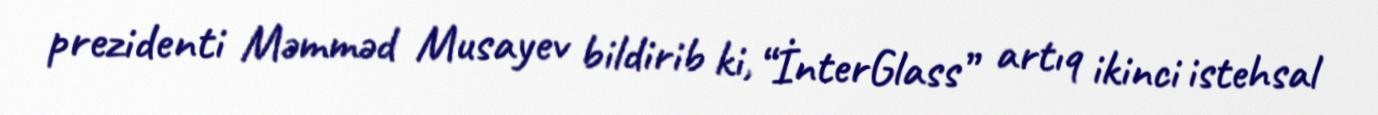
prezidenti Məmməd Musayev bildirib ki, “İnterGlass” artıq ikinci istehsal